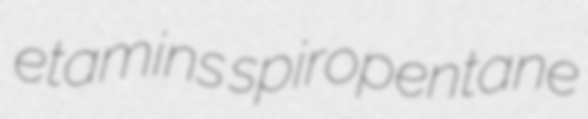
etamins spiropentane